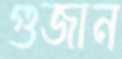
গুজান